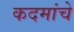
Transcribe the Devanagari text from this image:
कदमांचे